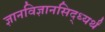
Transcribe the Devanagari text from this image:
ज्ञानविज्ञानसिद्ध्यर्थं